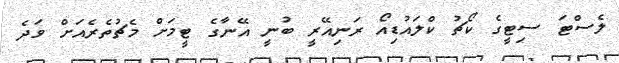
ލެސްޓަ ސިޓީގެ ކޯޗު ކްލައުޑިއޯ ރަނިއޭރީ ބުނީ އޭނާގެ ޓީމަށް މެޗުތެރެއަށް ވަދެ